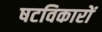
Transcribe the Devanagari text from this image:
षटविकारों